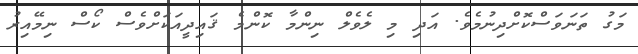
މަގު ތަނަވަސްކޮށްދިނުމެވެ. އަދި މި ލެވެެލް ނިންމާ ކޮންމެ ޤައިދީއަކަށްވެސް ކޯސް ނިމޭއިރު